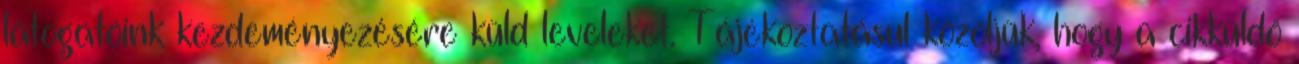
látogatóink kezdeményezésére küld leveleket. Tájékoztatásul közöljük, hogy a cikküldő